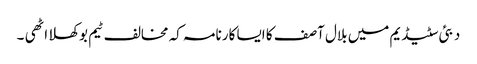
دبئی سٹیڈیم میں بلال آصف کا ایسا کارنامہ کہ مخالف ٹیم بوکھلا اٹھی ۔